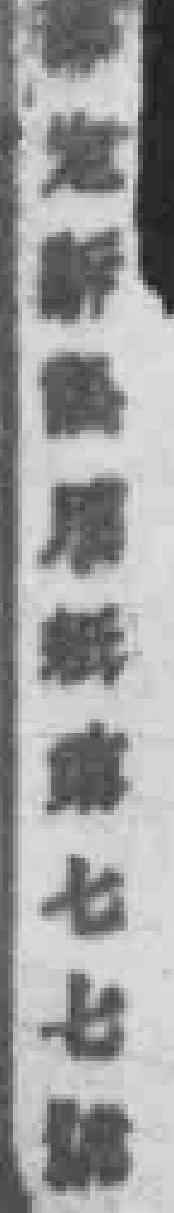
*七七*